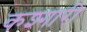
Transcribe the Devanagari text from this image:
कश्गारी